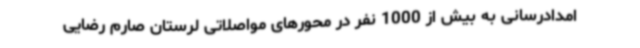
امدادرسانی به بیش از 1000 نفر در محورهای مواصلاتی لرستان صارم رضایی